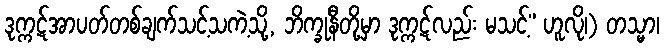
ဒုက္ကဋ်အာပတ်တစ်ချက်သင့်သကဲ့သို့, ဘိက္ခုနီတို့မှာ ဒုက္ကဋ်လည်း မသင့်” ဟူလို၊) တသ္မာ၊